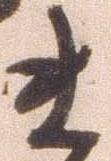
ま